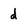
Character: d